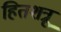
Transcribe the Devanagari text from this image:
हितशत्रू